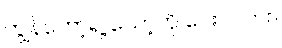
ကျွန်တော့်ရဲ့ သော့ကို ပေးပါလား။